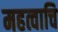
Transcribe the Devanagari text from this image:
महत्वाचि